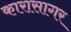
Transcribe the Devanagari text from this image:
कारासागर